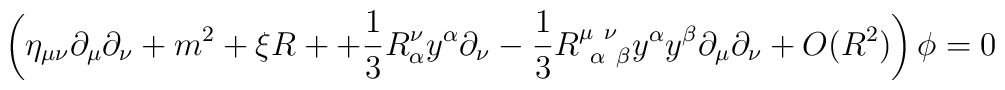
\left(\eta_{\mu\nu}\partial_\mu\partial_\nu + m^2 +\xi R ++ {1\over 3}R^\nu_\alpha y^\alpha \partial_\nu- {1\over 3}R^{\mu\ \nu}_{\ \alpha\ \beta}y^\alpha y^\beta\partial_\mu\partial_\nu+ O(R^2)\right)\phi =0